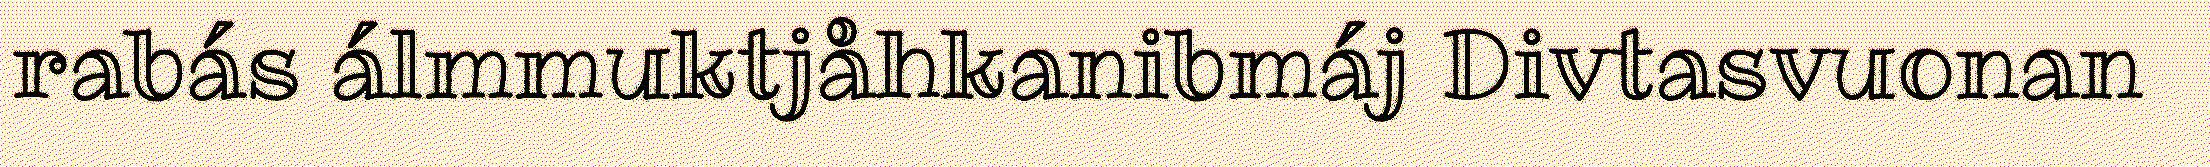
rabás álmmuktjåhkanibmáj Divtasvuonan